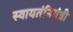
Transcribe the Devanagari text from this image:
स्वायतंनियंत्री